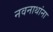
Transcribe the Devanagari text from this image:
नवनाथांना